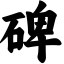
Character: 碑